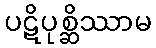
ပဋိပုစ္ဆိဿာမ